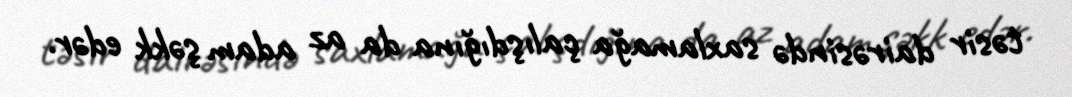
təsir dairəsində saxlamağa çalışdığına da az adam şəkk edər.